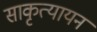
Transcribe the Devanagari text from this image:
साकृत्यायन